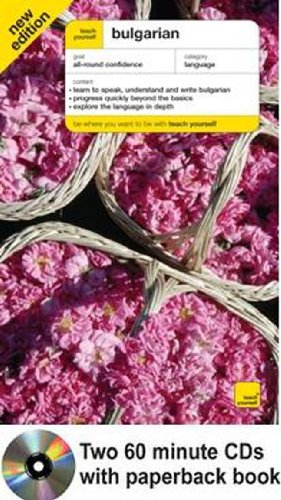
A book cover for Teach Yourself Bulgarian Complete Course with Audio CDs, New Edition (TY: Complete Courses); Michael Holman; Travel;